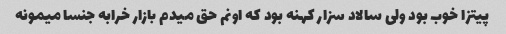
پیتزا خوب بود ولی سالاد سزار کهنه بود که اونم حق میدم بازار خرابه جنسا میمونه